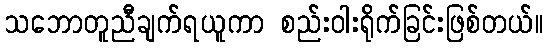
သဘောတူညီချက်ရယူကာ စည်းဝါးရိုက်ခြင်းဖြစ်တယ်။